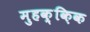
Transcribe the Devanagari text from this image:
मुहक़्क़िक